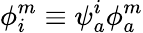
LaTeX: \phi_{i}^{m}\equiv\psi_{a}^{i}\phi_{a}^{m}